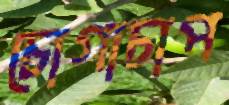
চোগাচাপ